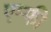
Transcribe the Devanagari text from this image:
एम्फी